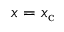
x = x _ { \mathrm { c } }